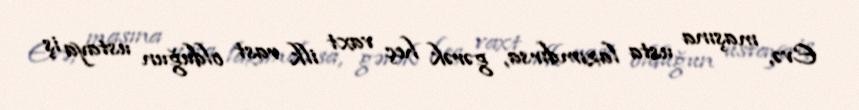
Evə, maşına usta lazımdırsa, gərək heç vaxt ilk rast olduğun ustaya iş